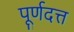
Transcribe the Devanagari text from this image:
पूर्णदत्त